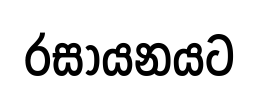
රසායනයට